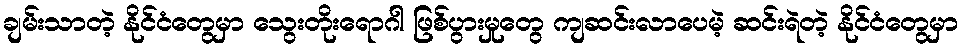
ချမ်းသာတဲ့ နိုင်ငံတွေမှာ သွေးတိုးရောဂါ ဖြစ်ပွားမှုတွေ ကျဆင်းလာပေမဲ့ ဆင်းရဲတဲ့ နိုင်ငံတွေမှာ